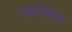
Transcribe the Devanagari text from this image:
ज्यरचना